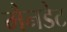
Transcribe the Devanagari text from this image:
मैनडेट